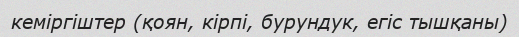
кеміргіштер (қоян, кірпі, бурундук, егіс тышқаны)